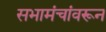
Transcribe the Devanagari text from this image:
सभामंचांवरून